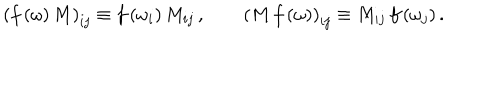
LaTeX: \left( f \left( \omega \right) M \right) _ { i j } \equiv f \left( \omega _ { i } \right) M _ { i j } \, , \qquad \left( M \, f \left( \omega \right) \right) _ { i j } \equiv M _ { i j } \, f \left( \omega _ { j } \right) .